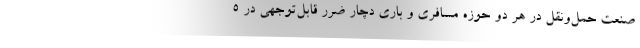
صنعت حمل‌ونقل در هر دو حوزه مسافری و باری دچار ضرر قابل‌توجهی در ۵